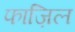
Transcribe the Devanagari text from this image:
फाज़िल